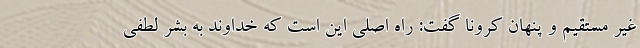
غیر مستقیم و پنهان کرونا گفت: راه اصلی این است که خداوند به بشر لطفی